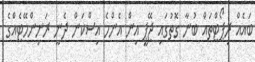
ބައެއް ރިޕޯޓްތައް ބުނާ ގޮތުގައި ޖޭޕީ އިން އެންމެ އިސްކަން ދެނީ ރަނިންމޭޓެއްގެ